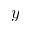
y